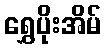
ရွှေပိုးအိမ်